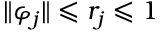
\| \varphi _ { j } \| \leqslant r _ { j } \leqslant 1